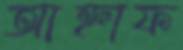
আহ্নাফ